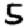
Digit: 5